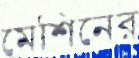
মেশিনের